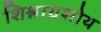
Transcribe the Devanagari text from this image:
शिश्नाग्रशोथ